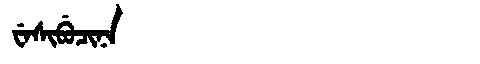
Manchu: ᠸᡝᠰᡳᠪᡠᠴᡳᠨᠠ
Romanization: WESIBUCINA